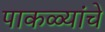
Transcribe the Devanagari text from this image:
पाकळ्यांचे